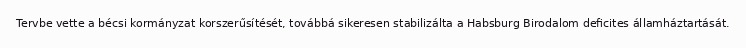
Tervbe vette a bécsi kormányzat korszerűsítését, továbbá sikeresen stabilizálta a Habsburg Birodalom deficites államháztartását.